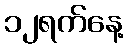
၁၂ရက်နေ့